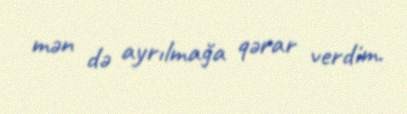
mən də ayrılmağa qərar verdim.